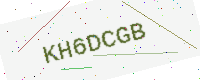
Text: KH6DCGB